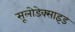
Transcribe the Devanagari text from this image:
सूलोडेक्साइड